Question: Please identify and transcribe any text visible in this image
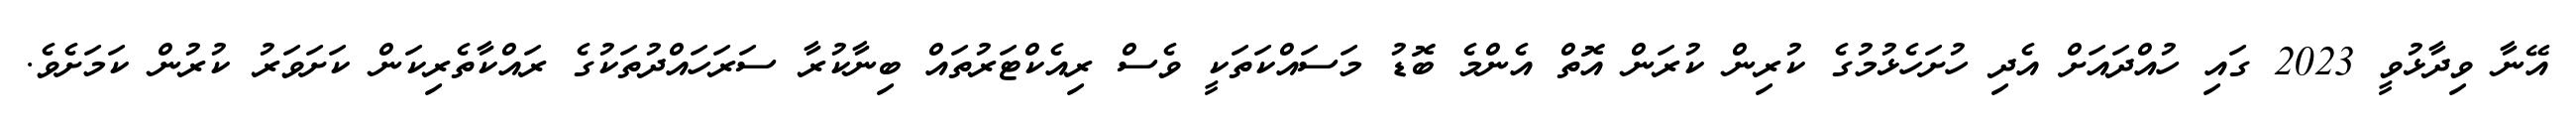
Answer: އޭނާ ވިދާޅުވީ 2023 ގައި ހުއްދައަށް އެދި ހުށަހެޅުމުގެ ކުރިން ކުރަން އޮތް އެންމެ ބޮޑު މަސައްކަތަކީ ވެސް ރިއެކްޓަރުތައް ބިނާކުރާ ސަރަހައްދުތަކުގެ ރައްކާތެރިކަން ކަށަވަރު ކުރުން ކަމަށެވެ.